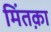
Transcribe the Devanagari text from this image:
मिंतक़ा